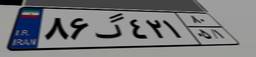
۸۶گ۴۲۱۸۰